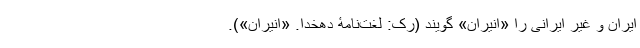
ایران و غیرِ ایرانی را «انیران» گویند (رک: لغت‌نامۀ دهخدا. «انیران»).